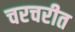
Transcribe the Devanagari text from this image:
चरचरीत